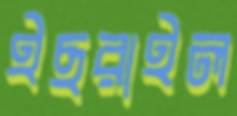
ইছরাইল